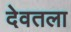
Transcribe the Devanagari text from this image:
देवतला